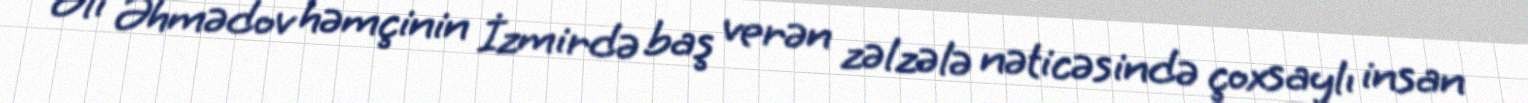
Əli Əhmədov həmçinin İzmirdə baş verən zəlzələ nəticəsində çoxsaylı insan